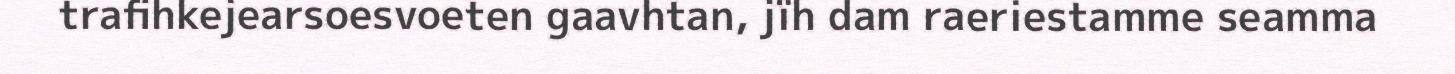
trafihkejearsoesvoeten gaavhtan, jïh dam raeriestamme seamma